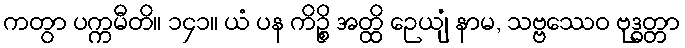
ကတွာ ပက္ကမီတိ။ ၁၄၁။ ယံ ပန ကိဉ္စိ အတ္ထိ ဉေယျံ နာမ, သဗ္ဗဿေဝ ဗုဒ္ဓတ္တာ